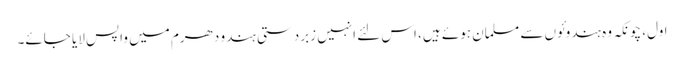
اول، چونکہ وہ ہندوئوں سے مسلمان ہوئے ہیں، اس لئے انہیں زبردستی ہندو دھرم میں واپس لایا جائے۔